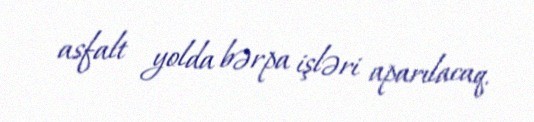
asfalt yolda bərpa işləri aparılacaq.